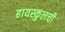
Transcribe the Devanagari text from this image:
हायस्कुलची